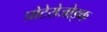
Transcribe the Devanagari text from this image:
प्रोटेरोजोइक